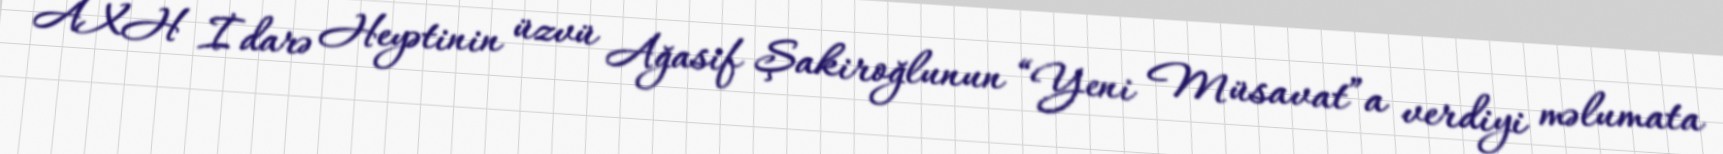
AXH İdarə Heyətinin üzvü Ağasif Şakiroğlunun “Yeni Müsavat”a verdiyi məlumata